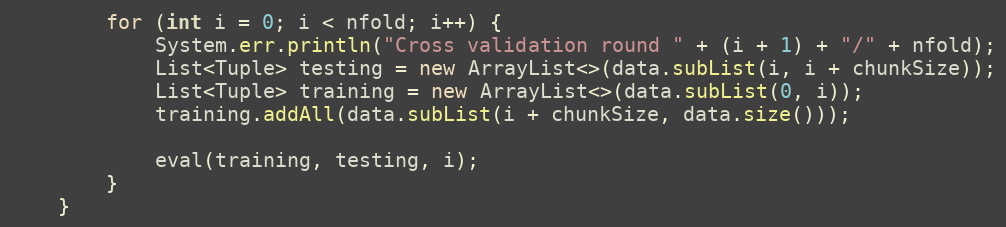
Language: Java
        for (int i = 0; i < nfold; i++) {
            System.err.println("Cross validation round " + (i + 1) + "/" + nfold);
            List<Tuple> testing = new ArrayList<>(data.subList(i, i + chunkSize));
            List<Tuple> training = new ArrayList<>(data.subList(0, i));
            training.addAll(data.subList(i + chunkSize, data.size()));

            eval(training, testing, i);
        }
    }